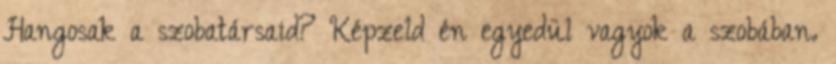
Hangosak a szobatársaid? Képzeld én egyedül vagyok a szobában.